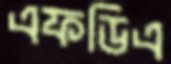
এফডিএ